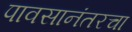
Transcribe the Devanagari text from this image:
पावसानंतरचा